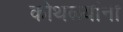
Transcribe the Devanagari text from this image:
कोथळ्यांना